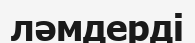
ләмдерді